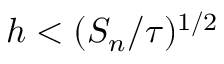
h < ( S _ { n } / \tau ) ^ { 1 / 2 }